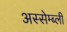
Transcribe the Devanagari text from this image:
अस्सेम्ब्ली